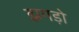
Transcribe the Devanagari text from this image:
झगड़ो